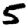
Digit: 5